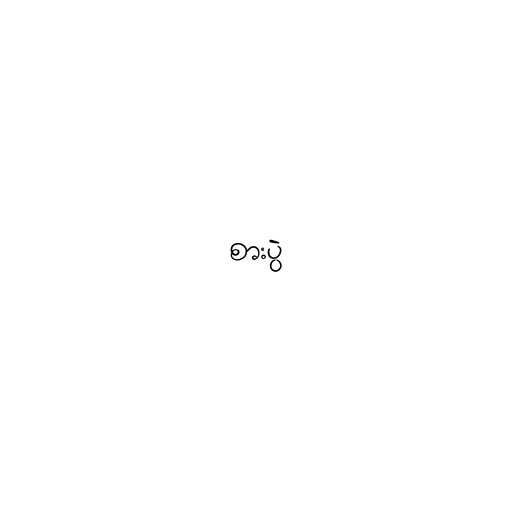
စားပွဲ